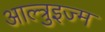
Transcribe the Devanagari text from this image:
आल्त्रुइज्म